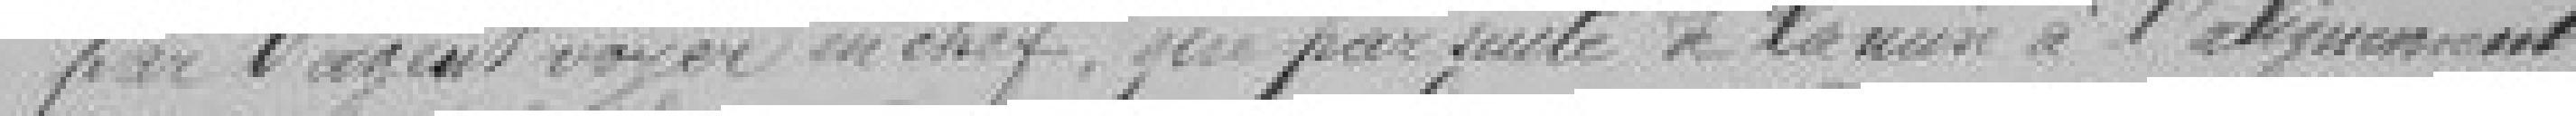
par l'agent voyer en chef, que par suite de la mise à l'alignement